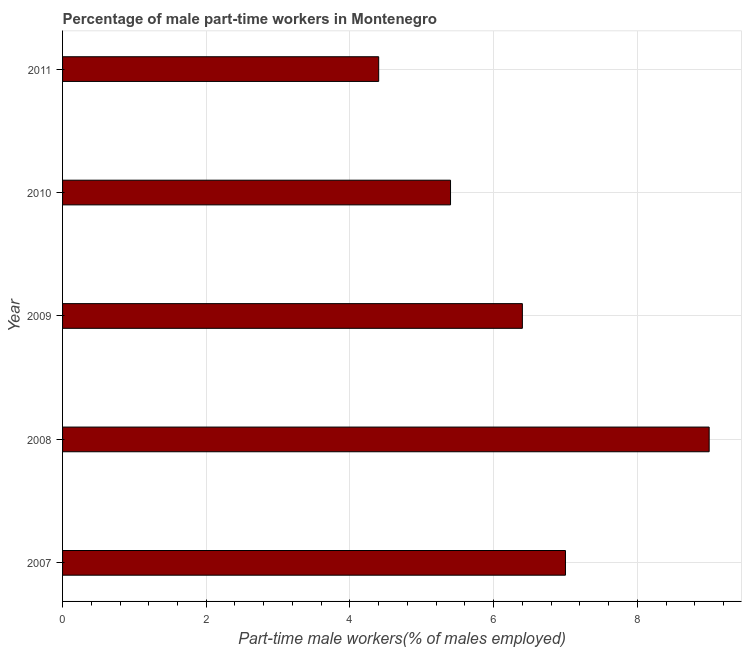
| Year | Part time employment |
 | --- | --- |
 | 2007 | 7 |
 | 2008 | 9 |
 | 2009 | 6.4 |
 | 2010 | 5.4 |
 | 2011 | 4.4 |